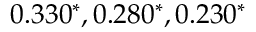
0 . 3 3 0 ^ { * } , 0 . 2 8 0 ^ { * } , 0 . 2 3 0 ^ { * }